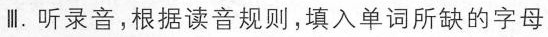
Ⅲ.听录音，根据读音规则，填入单词所缺的字母